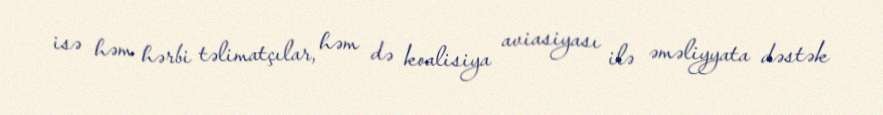
isə həm hərbi təlimatçılar, həm də koalisiya aviasiyası ilə əməliyyata dəstək